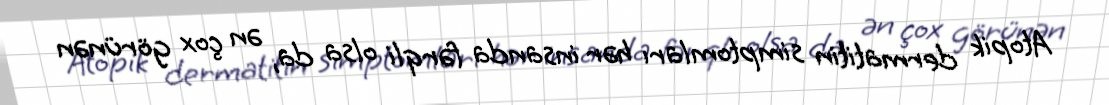
Atopik dermatitin simptomları hər insanda fərqli olsa da, ən çox görünən